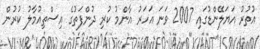
އުތުރު އަޔަލޭންޑުގައި 2007 ވަނަ އަހަރު އާންމު ކުރި ދުންފަތުގެ އިސްތިއުމާލު ކުރުން